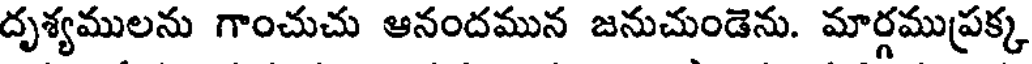
దృశ్యములను గాంచుచు ఆనందమున జనుచుండెను. మార్గముప్రక్క